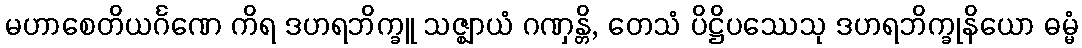
မဟာစေတိယင်္ဂဏေ ကိရ ဒဟရဘိက္ခူ သဇ္ဈာယံ ဂဏှန္တိ, တေသံ ပိဋ္ဌိပဿေသု ဒဟရဘိက္ခုနိယော ဓမ္မံ